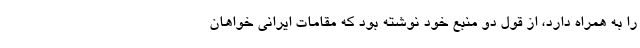
را به همراه دارد، از قول دو منبع خود نوشته بود که مقامات ایرانی خواهان